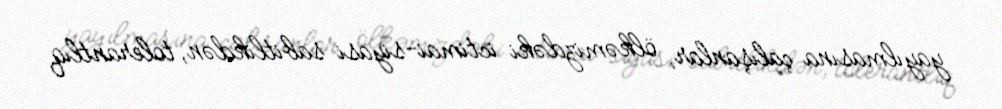
yayılmasına çalışanlar, ölkəmizdəki ictimai-siyasi sabitlikdən, tolerantlıq